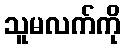
သူမလက်ကို